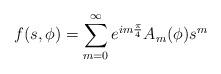
LaTeX: \begin{align*}f(s,\phi)=\sum_{m=0}^{\infty}e^{i m{\pi\over4}}A_m(\phi)s^m\end{align*}